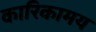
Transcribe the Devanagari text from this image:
कारिकामय